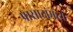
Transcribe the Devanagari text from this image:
प्रासादांमध्ये